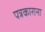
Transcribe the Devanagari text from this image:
पत्रकाराना